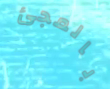
بالمجئ